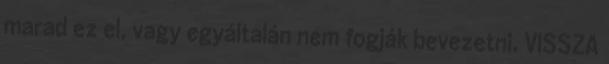
marad ez el, vagy egyáltalán nem fogják bevezetni. VISSZA